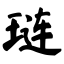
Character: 琏